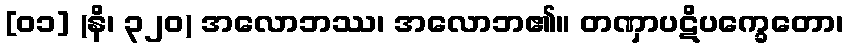
[၀၁] (နိ၊ ၃၂၀) အလောဘဿ၊ အလောဘ၏။ တဏှာပဋိပက္ခေတော၊